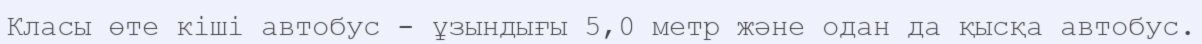
Класы өте кіші автобус - ұзындығы 5,0 метр және одан да қысқа автобус.